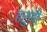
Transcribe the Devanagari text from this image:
तरुणीं